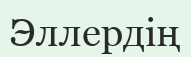
Эллердің